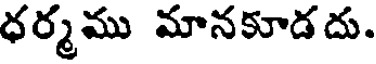
ధర్మము మానకూడదు.